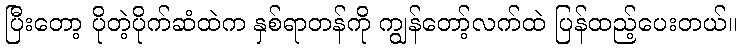
ပြီးတော့ ပိုတဲ့ပိုက်ဆံထဲက နှစ်ရာတန်ကို ကျွန်တော့်လက်ထဲ ပြန်ထည့်ပေးတယ်။